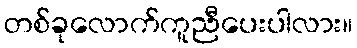
တစ်ခုလောက်ကူညီပေးပါလား။